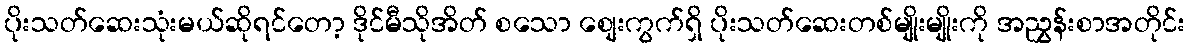
ပိုးသတ်ဆေးသုံးမယ်ဆိုရင်တော့ ဒိုင်မီသိုအိတ် စသော စျေးကွက်ရှိ ပိုးသတ်ဆေးတစ်မျိုးမျိုးကို အညွှန်းစာအတိုင်း